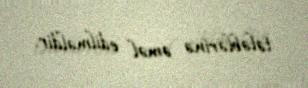
tələblərinə əməl edilməldir.